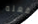
بفعله